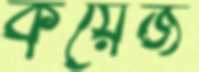
কয়েজ